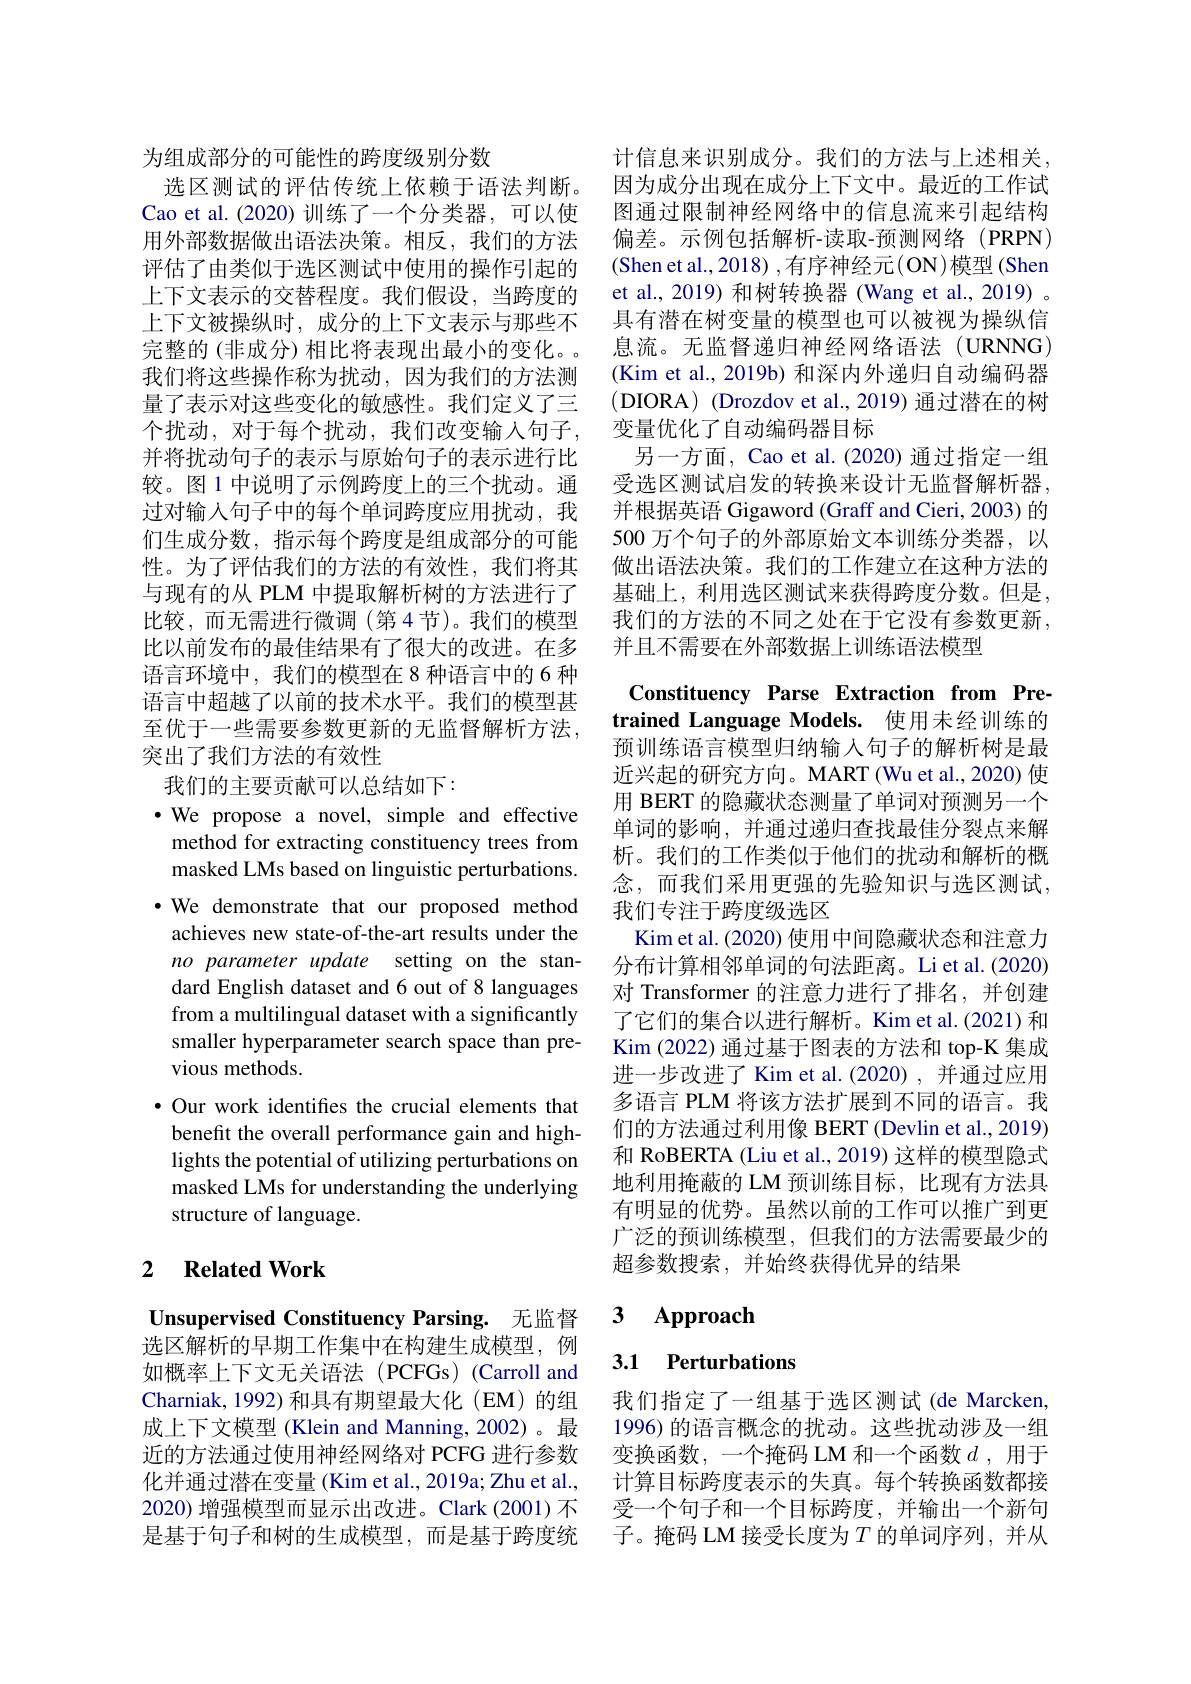
为组成部分的可能性的跨度级别分数
选区测试的评估传统上依赖于语法判断。Cao et al.(2020)训练了一个分类器，可以使用外部数据做出语法决策。相反，我们的方法评估了由类似于选区测试中使用的操作引起的上下文表示的交替程度。我们假设，当跨度的上下文被操纵时，成分的上下文表示与那些不完整的(非成分)相比将表现出最小的变化。我们将这些操作称为扰动，因为我们的方法测量了表示对这些变化的敏感性。我们定义了三个扰动，对于每个扰动，我们改变输入句子， 并将扰动句子的表示与原始句子的表示进行比较。图 1 中说明了示例跨度上的三个扰动。通过对输入句子中的每个单词跨度应用扰动，我们生成分数，指示每个跨度是组成部分的可能性。为了评估我们的方法的有效性，我们将其与现有的从 PLM 中提取解析树的方法进行了比较，而无需进行微调(第4节)。我们的模型比以前发布的最佳结果有了很大的改进。在多语言环境中，我们的模型在 8 种语言中的 6 种语言中超越了以前的技术水平。我们的模型甚至优于一些需要参数更新的无监督解析方法， 突出了我们方法的有效性
我们的主要贡献可以总结如下：
$\bullet$ We propose a novel, simple and effective method for extracting constituency trees from masked LMs based on linguistic perturbations. $\cdot$ We demonstrate that our proposed method achieves new state-of-the-art results under the no parameter update setting on the standard English dataset and 6 out of 8 languages from a multilingual dataset with a significantly smaller hyperparameter search space than previous methods.
$\bullet$ Our work identifies the crucial elements that benefit the overall performance gain and highlights the potential of utilizing perturbations on masked LMs for understanding the underlying structure of language.

## 2 $\textbf{Related Work}$

Unsupervised Constituency Parsing. 无监督选区解析的早期工作集中在构建生成模型，例如概率上下文无关语法(PCFGs)(Carroll and Charniak, 1992) 和具有期望最大化 (EM) 的组成上下文模型 (Klein and Manning,2002)。最近的方法通过使用神经网络对 PCFG 进行参数化并通过潜在变量 (Kim et al., 2019a; Zhu et al., 2020) 增强模型而显示出改进。Clark (2001) 不是基于句子和树的生成模型，而是基于跨度统

计信息来识别成分。我们的方法与上述相关， 因为成分出现在成分上下文中。最近的工作试图通过限制神经网络中的信息流来引起结构偏差。示例包括解析-读取-预测网络(PRPN) (Shen et al., 2018) , 有序神经元(ON)模型 (Shen et al., 2019) 和树转换器 (Wang et al., 2019) 。具有潜在树变量的模型也可以被视为操纵信息流。无监督递归神经网络语法(URNNG) (Kim et al., 2019b) 和深内外递归自动编码器(DIORA) (Drozdov et al., 2019) 通过潜在的树变量优化了自动编码器目标
另一方面，Cao et al.(2020) 通过指定一组受选区测试启发的转换来设计无监督解析器。并根据英语 Gigaword (Graff and Cieri, 2003) 的500 万个句子的外部原始文本训练分类器，以做出语法决策。我们的工作建立在这种方法的基础上，利用选区测试来获得跨度分数。但是， 我们的方法的不同之处在于它没有参数更新， 并且不需要在外部数据上训练语法模型

Constituency Parse Extraction from Pretrained Language Models. 使用未经训练的预训练语言模型归纳输入句子的解析树是最近兴起的研究方向。MART (Wu et al., 2020) 使用 BERT 的隐藏状态测量了单词对预测另一个单词的影响，并通过递归查找最佳分裂点来解析。我们的工作类似于他们的扰动和解析的概念，而我们采用更强的先验知识与选区测试， 我们专注于跨度级选区
Kim et al. (2020) 使用中间隐藏状态和注意力分布计算相邻单词的句法距离。Li et al.(2020) 对 Transformer 的注意力进行了排名，并创建了它们的集合以进行解析。Kim et al.(2021) 和$\operatorname{Kim}(2022)$通过基于图表的方法和 top-K 集成进一步改进了 Kim et al.(2020) ,并通过应用多语言 PLM 将该方法扩展到不同的语言。我们的方法通过利用像 BERT (Devlin et al., 2019) 和 RoBERTA (Liu et al., 2019) 这样的模型隐式地利用掩蔽的 LM 预训练目标，比现有方法具有明显的优势。虽然以前的工作可以推广到更广泛的预训练模型，但我们的方法需要最少的超参数搜索，并始终获得优异的结果

### 3 $\mathbf{Approach}$

## 3.1 Perturbations

我们指定了一组基于选区测试(de Marcken, 1996) 的语言概念的扰动。这些扰动涉及一组变换函数，一个掩码 LM 和一个函数$d$ ,用于计算目标跨度表示的失真。每个转换函数都接受一个句子和一个目标跨度，并输出一个新句子。掩码 LM 接受长度为$T$的单词序列，并从